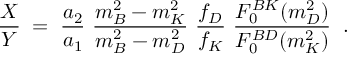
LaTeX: \frac { X } { Y } \; = \; \frac { a _ { 2 } } { a _ { 1 } } ~ \frac { m _ { B } ^ { 2 } - m _ { K } ^ { 2 } } { m _ { B } ^ { 2 } - m _ { D } ^ { 2 } } ~ \frac { f _ { D } } { f _ { K } } ~ \frac { F _ { 0 } ^ { B K } ( m _ { D } ^ { 2 } ) } { F _ { 0 } ^ { B D } ( m _ { K } ^ { 2 } ) } \; \; .